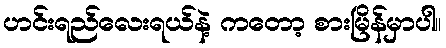
ဟင်းရည်လေးရယ်နဲ့ ကတော့ စားမြိန်မှာပါ။